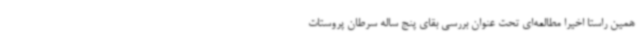
همین راستا اخیرا مطالعه‌ای تحت عنوان بررسی بقای پنج ساله سرطان پروستات